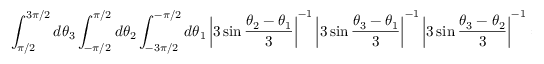
\int _ { \pi / 2 } ^ { 3 \pi / 2 } d \theta _ { 3 } \int _ { - \pi / 2 } ^ { \pi / 2 } d \theta _ { 2 } \int _ { - 3 \pi / 2 } ^ { - \pi / 2 } d \theta _ { 1 } \left| 3 \sin \frac { \theta _ { 2 } - \theta _ { 1 } } { 3 } \right| ^ { - 1 } \left| 3 \sin \frac { \theta _ { 3 } - \theta _ { 1 } } { 3 } \right| ^ { - 1 } \left| 3 \sin \frac { \theta _ { 3 } - \theta _ { 2 } } { 3 } \right| ^ { - 1 } = \frac { \pi ^ { 2 } } { 3 } .